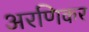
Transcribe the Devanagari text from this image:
अरणिकर